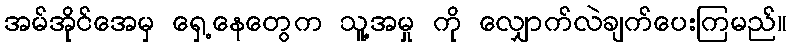
အမ်အိုင်အေမှ ရှေ့နေတွေက သူ့အမှု ကို လျှောက်လဲချက်ပေးကြမည်။